Annual returns of the Patna Lunatic Asylum at Bankipore in Bihar and Orissa - 1912-1924
Year: 1912
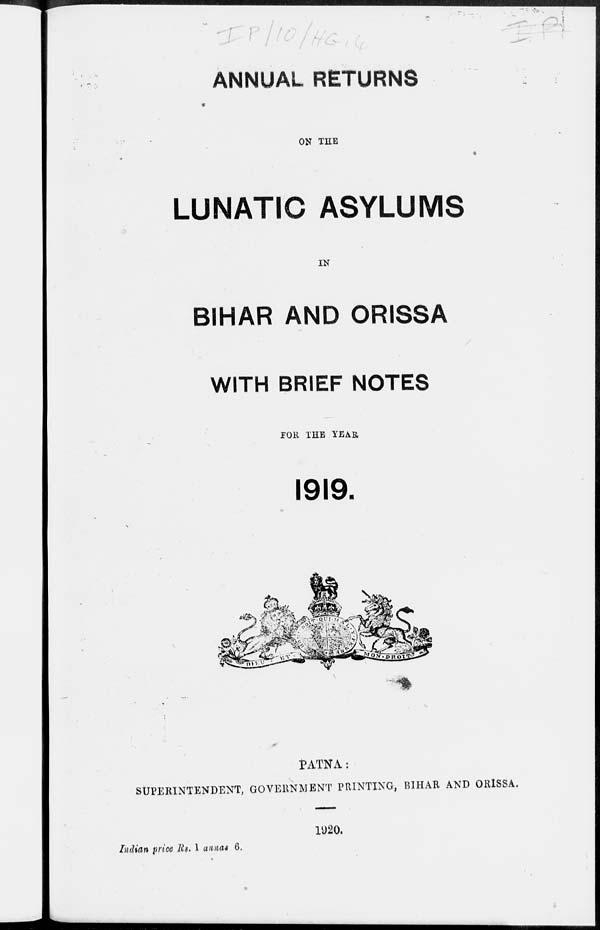
ANNUAL RETURNS
ON THE
LUNATIC ASYLUMS
IN
BIHAR AND ORISSA
WITH BRIEF NOTES
FOR THE YEAR
1919.
PATNA:
SUPERINTENDENT, GOVERNMENT PRINTING, BIHAR AND ORISSA.
1920.
Indian price Rs. 1 annas 6.